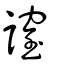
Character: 𧫡